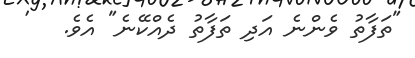
"ތަފާތު ވެންނެ އަދި ތަފާތު ދެއްކޭނެ" އެވެ.   '